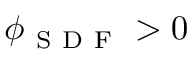
\phi _ { \mathrm { ~ S ~ D ~ F ~ } } > 0